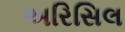
અરિસિલ